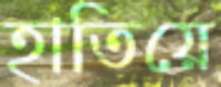
হাতিয়ে